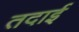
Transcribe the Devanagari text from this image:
तदाई